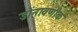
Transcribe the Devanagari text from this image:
डोंनावणीक